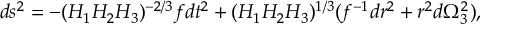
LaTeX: C _ { 4 } = \frac { e ^ { 4 A } X } { g _ { s } \rho ^ { 2 } } d x ^ { 0 } \wedge d x ^ { 1 } \wedge d x ^ { 2 } \wedge d x ^ { 3 }